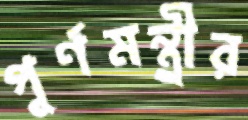
পূর্ণমন্ত্রীর